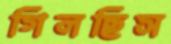
গিলছিস